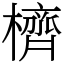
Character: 櫅